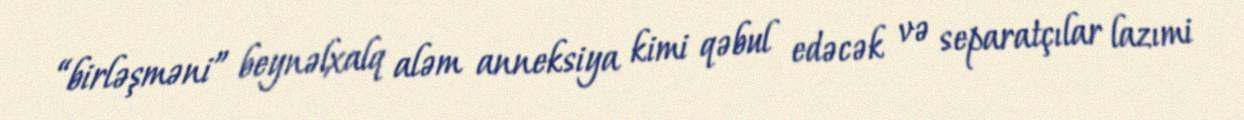
“birləşməni” beynəlxalq aləm anneksiya kimi qəbul edəcək və separatçılar lazımi